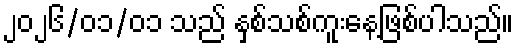
၂၀၂၆/၀၁/၀၁ သည် နှစ်သစ်ကူးနေ့ဖြစ်ပါသည်။